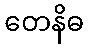
တေနိဓ